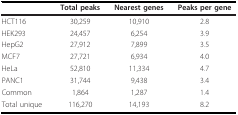
<table><thead><tr><td></td><td><b>Total peaks</b></td><td><b>Nearest genes</b></td><td><b>Peaks per gene</b></td></tr></thead><tbody><tr><td>HCT116</td><td>30,259</td><td>10,910</td><td>2.8</td></tr><tr><td>HEK293</td><td>24,457</td><td>6,254</td><td>3.9</td></tr><tr><td>HepG2</td><td>27,912</td><td>7,899</td><td>3.5</td></tr><tr><td>MCF7</td><td>27,721</td><td>6,934</td><td>4.0</td></tr><tr><td>HeLa</td><td>52,810</td><td>11,334</td><td>4.7</td></tr><tr><td>PANC1</td><td>31,744</td><td>9,438</td><td>3.4</td></tr><tr><td>Common</td><td>1,864</td><td>1,287</td><td>1.4</td></tr><tr><td>Total unique</td><td>116,270</td><td>14,193</td><td>8.2</td></tr></tbody></table>